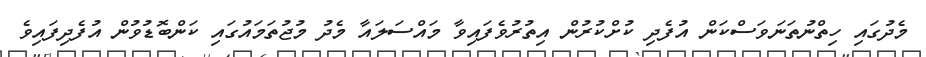
މެދުގައި ހިތްނުތަނަވަސްކަން އުފެދި ކުށްކުރުން އިތުރުވެފައިވާ މައްސަލައާ މެދު މުޖުތަމައުގައި ކަންބޮޑުވުން އުފެދިފައިވެ